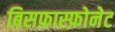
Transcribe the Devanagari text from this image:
बिसफ़ास्फ़ोनेट